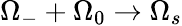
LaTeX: \Omega_{-}+\Omega_{0}\rightarrow\Omega_{s}